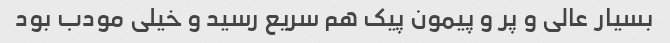
بسیار عالی و پر و پیمون پیک هم سریع رسید و خیلی مودب بود